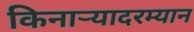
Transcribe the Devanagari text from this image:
किनाऱ्यादरम्यान